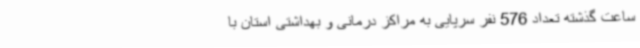
ساعت گذشته تعداد 576 نفر سرپایی به مراکز درمانی و بهداشتی استان با